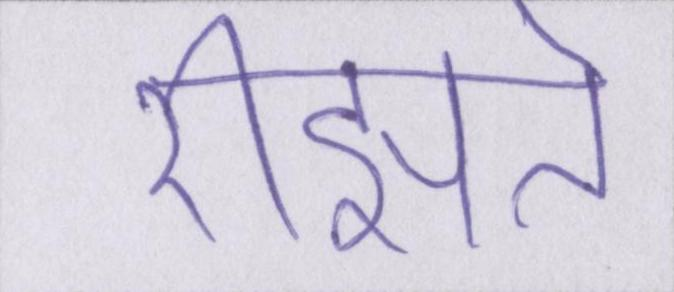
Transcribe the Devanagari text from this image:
रीझते